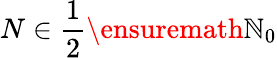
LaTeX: N\in\frac 12\ensuremath{\mathbb{N}}_{0}